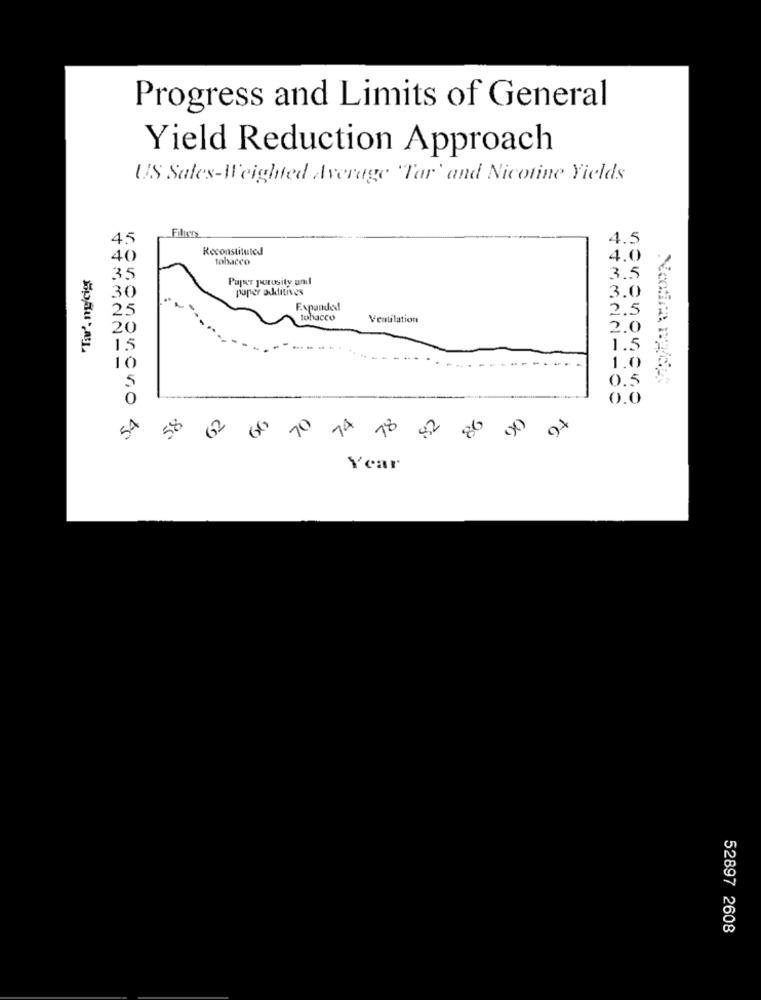
Progress and Limits of General
Yield Reduction Approach
US Sales-Weighted Average "Tar' and Nicotine Yields
45
Filters
4.5
Reconstituted
40
tobacco
4.0
Ta'. ng/cigr
35
Paper porosity und
3.5
30
paper additives
3.0
25
Expanded
2.5
tobacco
Ventilation
20
2.0
15
1.5
10
1.0
S
0.5
0.0
74
58
CO
10
78
02
80
Year
52897 2608